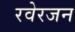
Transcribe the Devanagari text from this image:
रवेरजन